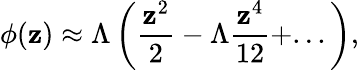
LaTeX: \phi(\mathbf{z})\approx\Lambda\left(\frac{{\mathbf{z}^{2}}}{{2}}-\Lambda\frac{{\mathbf{z}^{4}}}{{12}}+...\right),